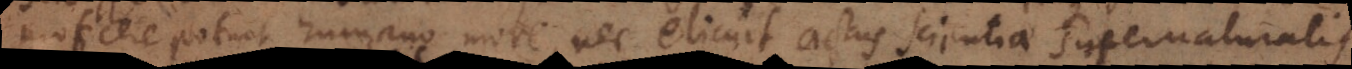
proficere potuit humano more, nec elicuit actus scientiae supernaturalis